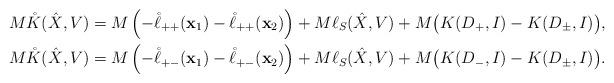
LaTeX: \begin{align*}&M\mathring{K}(\hat{X},V)=M\left(-\mathring{\ell}_{++}(\mathbf{x}_1)-\mathring{\ell}_{++}(\mathbf{x}_2)\right)+M\ell_S(\hat{X},V)+M\big(K(D_{+},I)-K(D_{\pm},I)\big), \\&M\mathring{K}(\hat{X},V)= M\left(-\mathring{\ell}_{+-}(\mathbf{x}_1)-\mathring{\ell}_{+-}(\mathbf{x}_2)\right)+M\ell_S(\hat{X},V)+M\big(K(D_{-},I)-K(D_{\pm},I)\big). \end{align*}